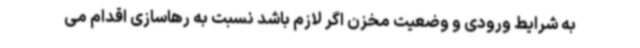
به شرایط ورودی و وضعیت مخزن اگر لازم باشد نسبت به رهاسازی اقدام می